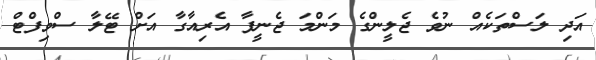
އަދި ލަސްތަކެއް ނުވެ ޖެލީންގެ މަންމަ ޖެނީފާ އެރިއާގާ އަށް ޓޭލާ ސްވިފްޓް